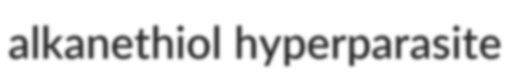
alkanethiol hyperparasite